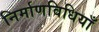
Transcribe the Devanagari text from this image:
निर्माणविधियाँ